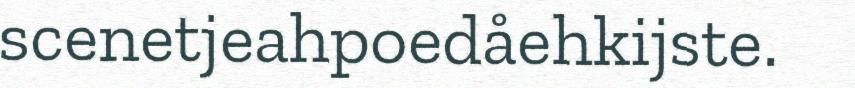
scenetjeahpoedåehkijste.